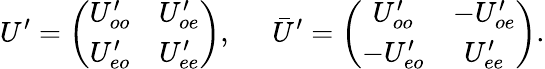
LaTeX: U^{\prime}=\left(\begin{array}{cc}{{U_{oo}^{\prime}}}&{{U_{oe}^{\prime}}}\\ {{U_{eo}^{\prime}}}&{{U_{ee}^{\prime}}}\end{array}\right),\; \; \; \; \; \bar{U}^{\prime}=\left(\begin{array}{cc}{{U_{oo}^{\prime}}}&{{-U_{oe}^{\prime}}}\\ {{-U_{eo}^{\prime}}}&{{U_{ee}^{\prime}}}\end{array}\right).